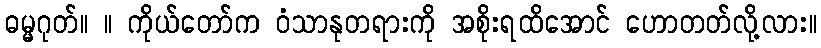
ဓမ္မဂုတ်။ ။ ကိုယ်တော်က ဝံသာနုတရားကို အစိုးရထိအောင် ဟောတတ်လို့လား။